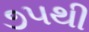
૭૫થી